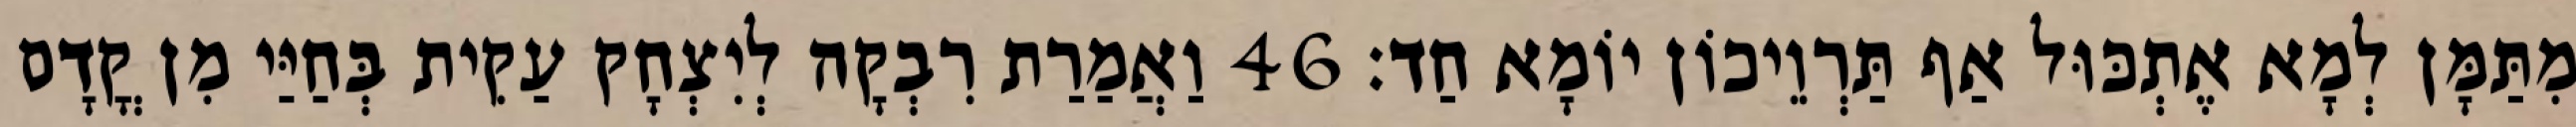
מִתַּמָּן לְמָא אֶתְכּוּל אַף תַּרְוֵיכוֹן יוֹמָא חַד׃ 46 וַאֲמַרַת רִבְקָה לְיִצְחָק עַקִית בְּחַיַּי מִן קֳדָם